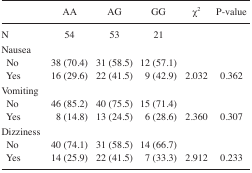
<table><thead><tr><td></td><td><b>AA</b></td><td><b>AG</b></td><td><b>GG</b></td><td><b><i>χ</i><i><sup>2</sup></i></b></td><td><b>P-value</b></td></tr></thead><tbody><tr><td>N</td><td>54</td><td>53</td><td>21</td><td></td><td></td></tr><tr><td>Nausea</td><td></td><td></td><td></td><td></td><td></td></tr><tr><td>No</td><td>38 (70.4)</td><td>31 (58.5)</td><td>12 (57.1)</td><td></td><td></td></tr><tr><td>Yes</td><td>16 (29.6)</td><td>22 (41.5)</td><td>9 (42.9)</td><td>2.032</td><td>0.362</td></tr><tr><td>Vomiting</td><td></td><td></td><td></td><td></td><td></td></tr><tr><td>No</td><td>46 (85.2)</td><td>40 (75.5)</td><td>15 (71.4)</td><td></td><td></td></tr><tr><td>Yes</td><td>8 (14.8)</td><td>13 (24.5)</td><td>6 (28.6)</td><td>2.360</td><td>0.307</td></tr><tr><td>Dizziness</td><td></td><td></td><td></td><td></td><td></td></tr><tr><td>No</td><td>40 (74.1)</td><td>31 (58.5)</td><td>14 (66.7)</td><td></td><td></td></tr><tr><td>Yes</td><td>14 (25.9)</td><td>22 (41.5)</td><td>7 (33.3)</td><td>2.912</td><td>0.233</td></tr></tbody></table>